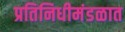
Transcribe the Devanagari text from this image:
प्रतिनिधीमंडळात